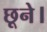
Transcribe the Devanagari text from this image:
छूने।